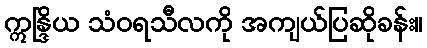
ဣန္ဒြိယ သံဝရသီလကို အကျယ်ပြဆိုခန်း။